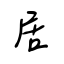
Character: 居